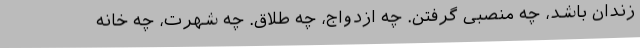
زندان باشد، چه منصبی گرفتن. چه ازدواج، چه طلاق. چه شهرت، چه خانه